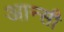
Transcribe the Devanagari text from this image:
आन्सी